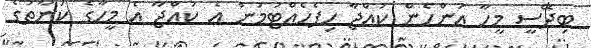
ބިދޭސީ މީހާ އަންހެން ކުއްޖާ ހިފެހެއްޓުމުން އެ ކުއްޖާ އެ މީހާގެ ކަނާތުގެ